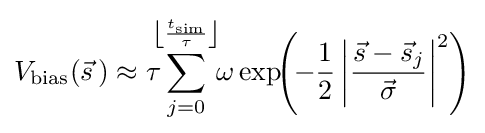
V_{\text{bias}}({\vec {s}}\,)\approx \tau \!\!\!\sum _{j=0}^{\left\lfloor {\frac {t_{\text{sim}}}{\tau }}\right\rfloor }\!\!\omega \exp \!\!\left(\!-{\frac {1}{2}}\left|{\frac {{\vec {s}}-{\vec {s}}_{j}}{\vec {\sigma }}}\right|^{2}\right)